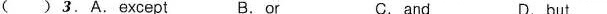
( )3. A.Except B.or C. and D. but